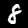
Digit: 8